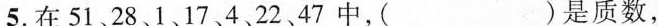
5.在51、28、1、17、4、22、47中，( )是质数，